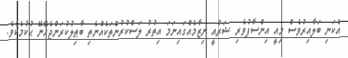
އެކަނި ބަލާއިރުވެސް މިއީ އިންސާފުވެރި ޝަރުއީ ނިޒާމެއްގައިނަމަ އިތުރު ލަސްކުރުންތަކެއްނެތި ބާޠިލުކުރަންޖެހޭނޭ ޙުކުމެކެވެ.